system: You are a helpful assistant.
user:
Analyze the provided spectrum to determine if it is a **S-type Star**.

- **Key Indicators for S-type Star:**

    - **(Overall Spectrum Shape):** The first and most obvious characteristic is the overall continuum (the "baseline" shape). It is **extremely "red-sloping,"** meaning the flux (light intensity) is very low on the left side (blue, ~4000-4500 Å) and rises steeply and continuously toward the right side (red, ~7000 Å+).

    - **(Primary):** The spectrum is defined by the presence of strong, broad molecular absorption "valleys" (bands) from **Zirconium Oxide (ZrO)**. The identification of these bands is the **primary requirement** for classifying a star as S-type.
        - **(Key Bandheads):** You must find distinct, deep "dips" where the light has been absorbed. The most critical band systems to locate are:
            - **~6474 Å** ($\gamma$-system): This is often the strongest and clearest ZrO feature, found in the red part of the spectrum.
            - **~5718 Å** & **~5551 Å** ($\beta$-system): A pair of prominent absorption features in the yellow-orange part of the spectrum.
            - **~4640 Å** ($\alpha$-system): A key absorption band system in the blue-green region of the spectrum.

    - **(Secondary Confirmation):** The classification is strengthened by finding additional absorption bands from other related heavy element oxides, which are expected to be present alongside ZrO.
        - **(Key Bandheads):**
            - **Yttrium Oxide (YO):** Look for absorption dips near **~4800 Å** and **~6100 Å**.
            - **Lanthanum Oxide (LaO):** Additional absorption features, particularly in the red-orange part of the spectrum, are also characteristic.

    - **(Line Profile):** The combination of the steep red continuum and these numerous, deep molecular bands (ZrO, YO, etc.) gives the entire spectrum a very **"chopped-up"** or **"bumpy"** appearance. Instead of a smooth curve, the spectrum looks as though large, wide chunks of light have been "carved out" of it at the specific wavelengths listed above.

Think first, call **spectral_visualization_tool** if needed to examine features in detail, then provide your final answer. Your response must adhere to the following strict rules:
1.  **Overall Structure:** Your response must follow the format `<think>...</think> <tool_call>...</tool_call> (if a tool is used) <answer>...</answer>`.
2.  **Tool Usage Constraint:** You may only make **one** tool call per turn.
3.  **Final Answer Format:** In the `<answer>` tag, your conclusion must be inside a `\boxed{}` command (e.g., `\boxed{YES}` or `\boxed{NO}`), followed by your justification.

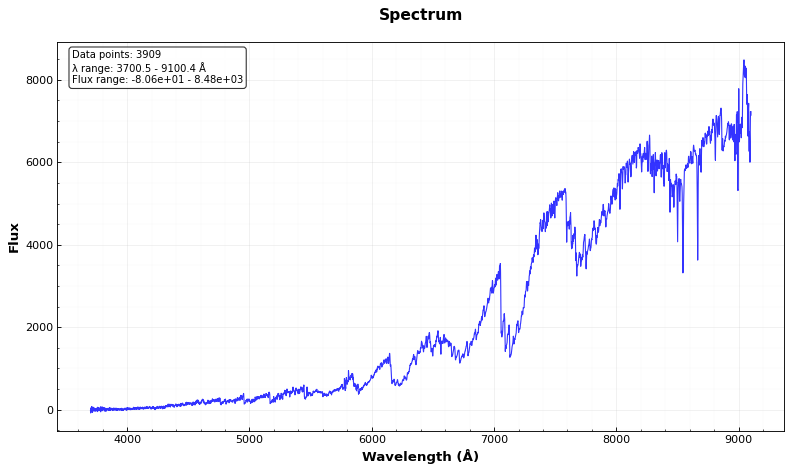
Answer: YES